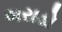
બરાડો